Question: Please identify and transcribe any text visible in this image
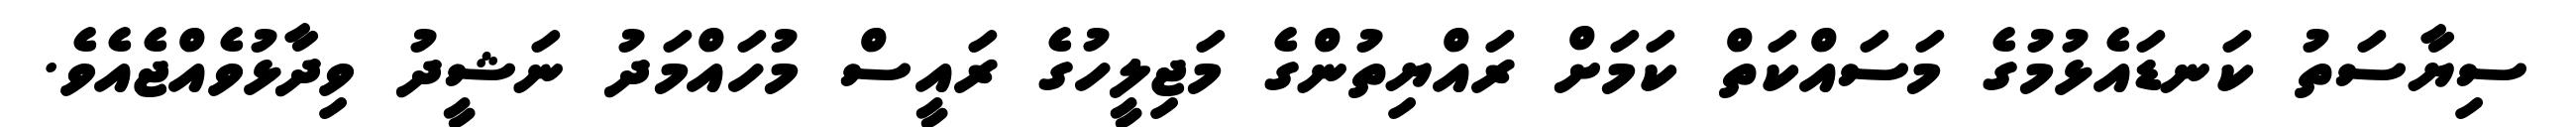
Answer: ސިޔާސަތު ކަނޑައެޅުމުގެ މަސައްކަތް ކަމަށް ރައްޔިތުންގެ މަޖިލީހުގެ ރައީސް މުހައްމަދު ނަޝީދު ވިދާޅުވެއްޖެއެވެ.